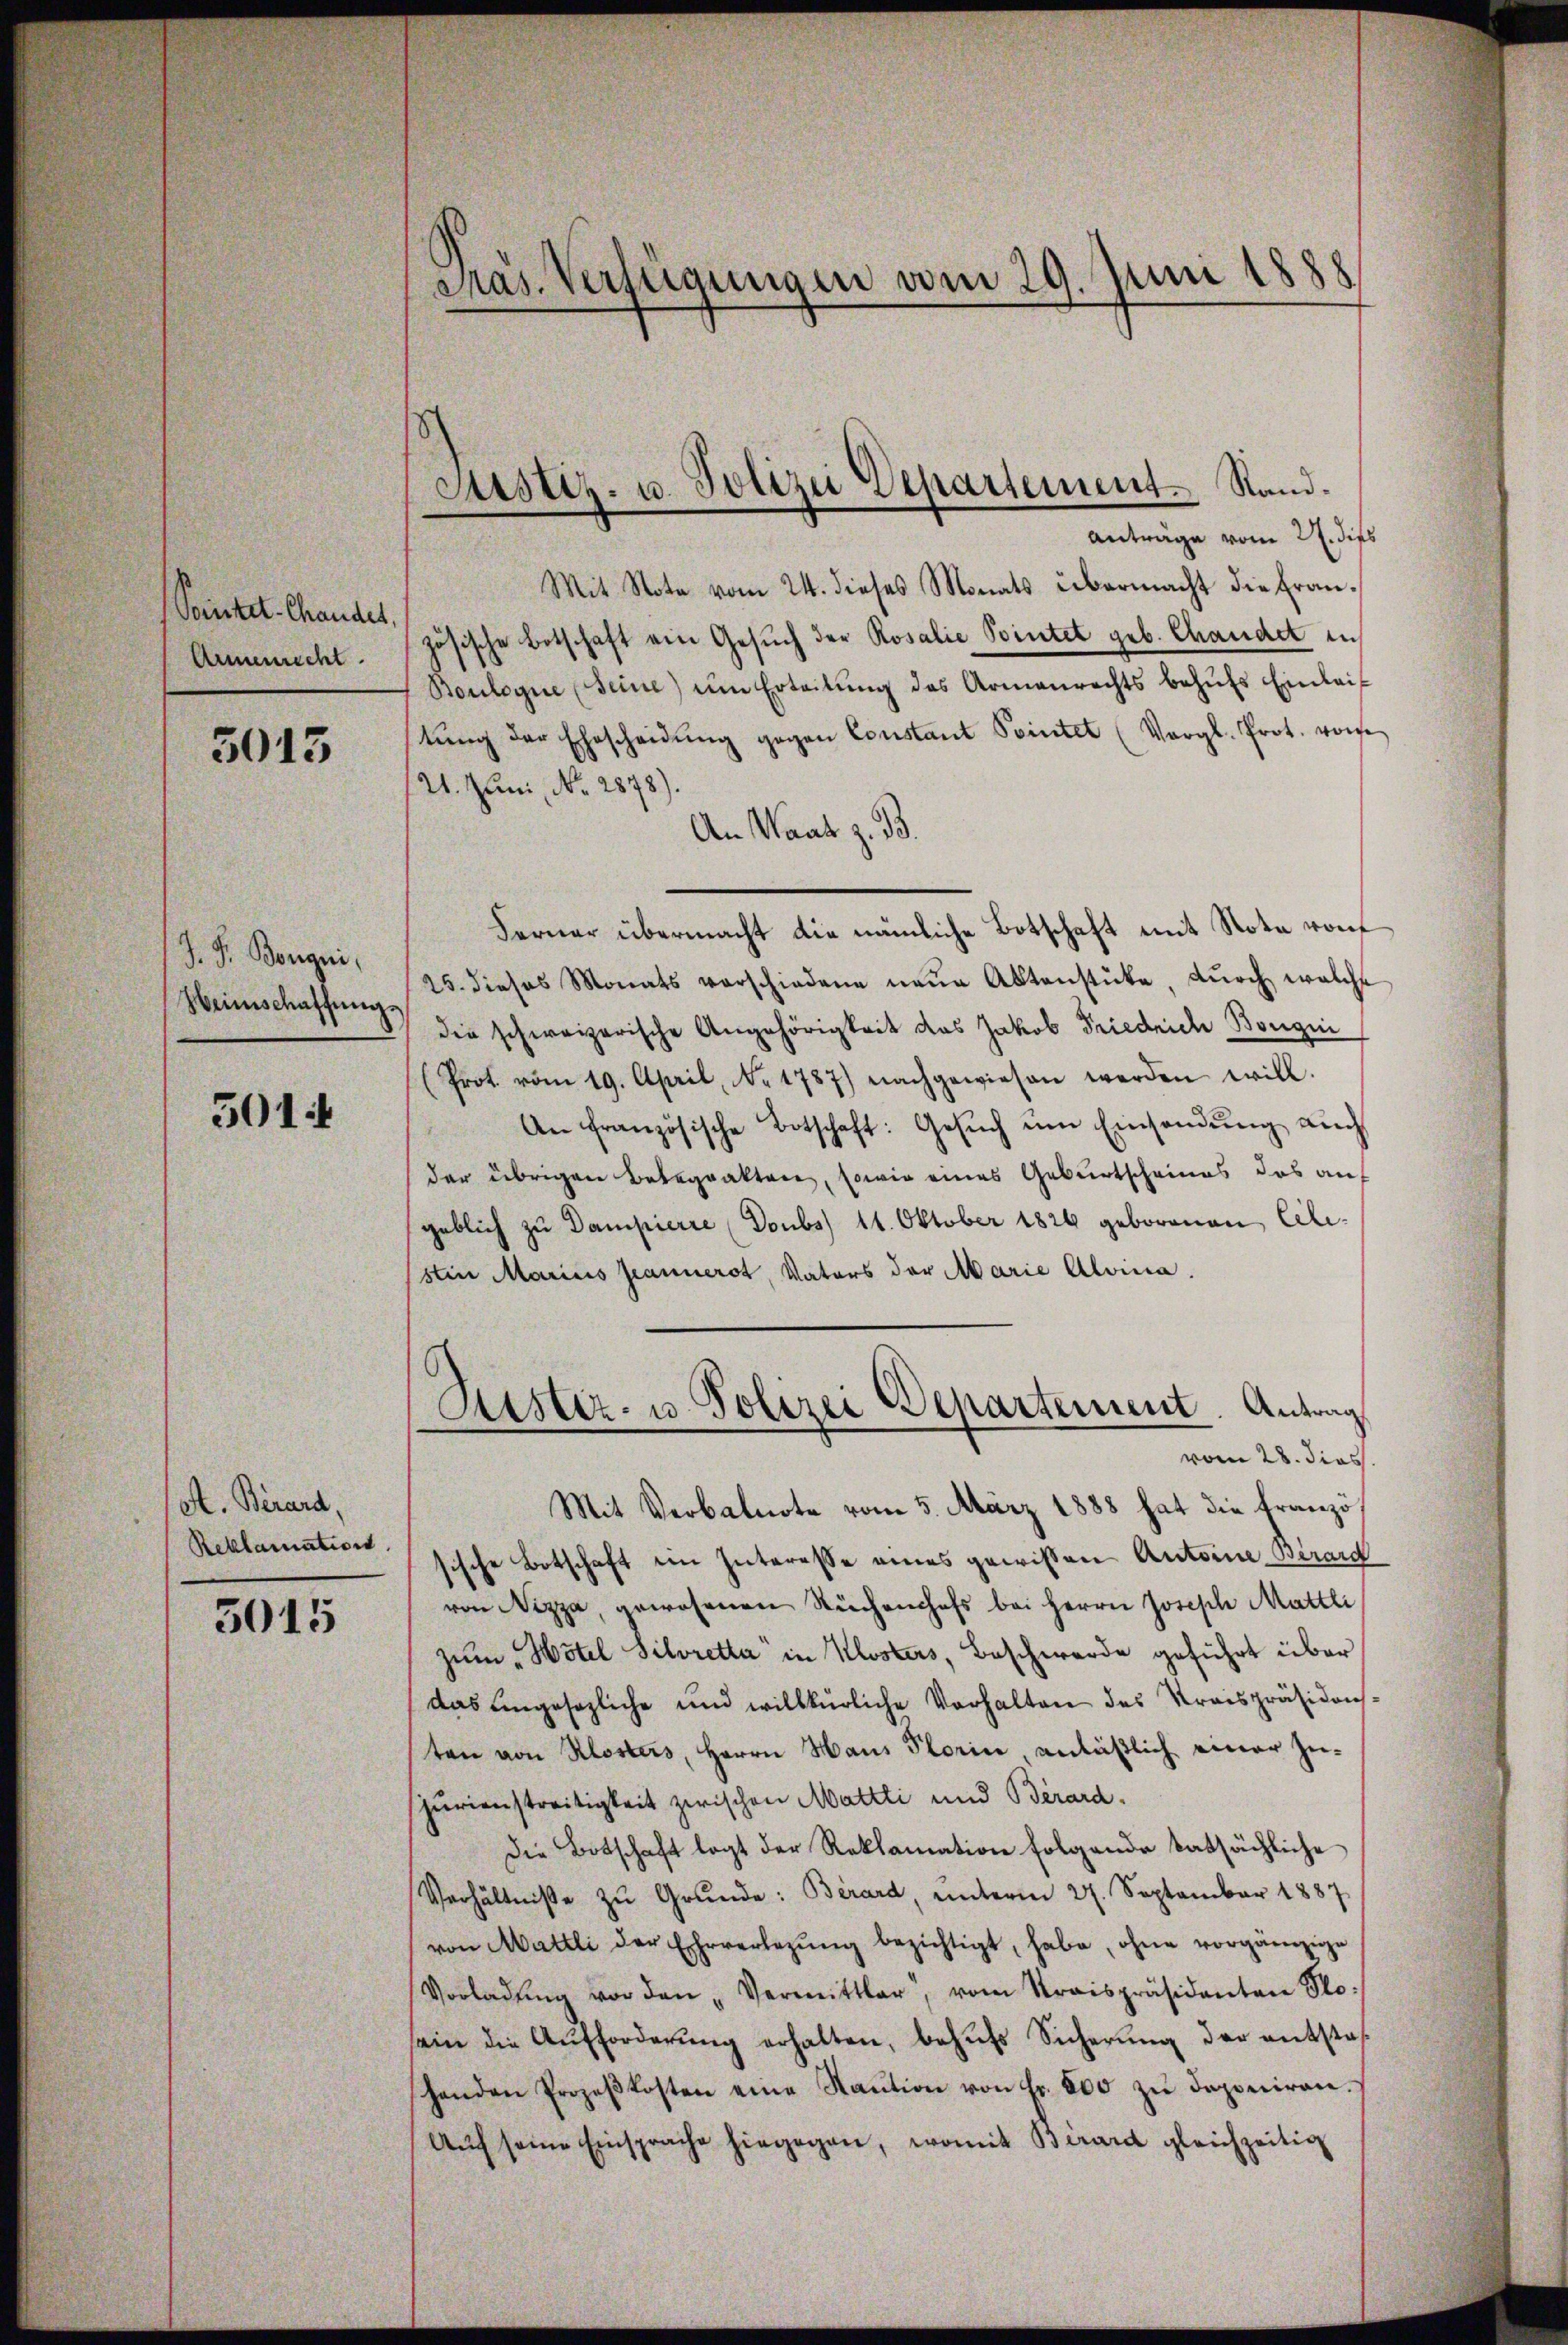
Saintet-Chander
Armenrecht.

3013

J. J. Bouqui,
Heimschaffung.

5014

A. Berard,
Reklamation.

5015

Pras. Verfügungen vom 29. Juni 1888

Justiz- u. Polizei Departement. Sand¬

Anträge vom 27. dies
Mit Note vom 24. dieses Monats übermacht die Französische Botschaft ein Gesuch der Rosalie Pointet geb. Chandet in
Boulogne (seine) um Erteilŭng des Armenrechts behŭfs Einleitŭng der Ehescheidŭng gegen Constant Pointet (Vergl. Prot. von
21. Juni, No. 2878).
An Waat z. B.
Ferner übermacht die nämliche Botschaft mit Note von
25. dieses Monats verschiedene neŭe Aktenstücke, dŭrch welche
die schweizerische Angehörigkeit das Jakob Friedrich Bongni
(Prot. vom 19. April, No 1787) nachgewiesen werden will.
An französische Botschaft: Gesŭch ŭm Einsendŭng auch
der übrigen Belegraktere, sowie eines Geburtscheines das auf
geblich zu Dampierre (Doubs) 11. Oktober 1826 geborenen Cili-
stin Marius Jeannerst, Vaters der Marie Alona.
Kister- u. Polizei Departement. Antrag
vom 28. dies
Mit Verbalnote vom 5. März 1888 hat die Franzö
sische Botschaft im Interesse eines gewissen Antoine Berard
von Nizza, gewesenen Rechenhofs bei Herrn Joseph Mattli
zum „Hôtel Silvretta in Klosters, Beschwerde geführt über
das angesezliche und willkürliche Verhalten des Kreispräsidens-
ten von Klosters, Herrn Haus Florin, anläßlich einer Zujurienstreitigkeit zwischen Mattti und Bérard-
Die Botschaft legt der Reklamation folgende tatsächliche
Verhältnisse zŭ Grŭnde: Berard, unterm 27. September 1887
von Mattli der Ehrverlegŭng bezichtigt, habe, ohne vorgänzige
Vorladŭng vor den „Vermittler, vom Kraispräsidenten Sto
ein die Aŭfforderŭng erhalten, behŭfs Sicherŭng der entsta
henden Prozeβkosten eine Raŭtion von Fr. 800 zŭ deponiren.
Aŭf seine Einsprache hingegen, womit Birard gleichzeitig